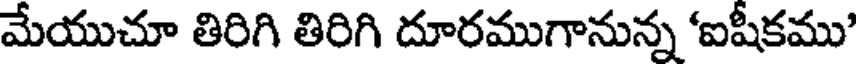
మేయుచూ తిరిగి తిరిగి దూరముగానున్న 'ఐషీకము'